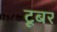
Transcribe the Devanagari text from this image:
टूबर